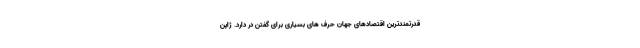
قدرتمندترین اقتصادهای جهان حرف های بسیاری برای گفتن در دارد. ژاپن